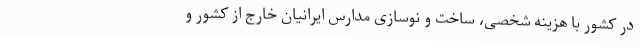
در کشور با هزینه شخصی، ساخت و نوسازی مدارس ایرانیان خارج از کشور و